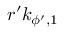
r ^ { \prime } k _ { \phi ^ { \prime } , 1 }